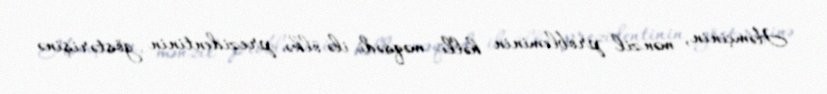
Həmçinin, mənzil probleminin həlli məqsədi ilə ölkə prezidentinin göstərişinə